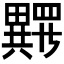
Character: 𱱂